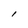
Character: l